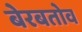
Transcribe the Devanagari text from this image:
बेरबतोव